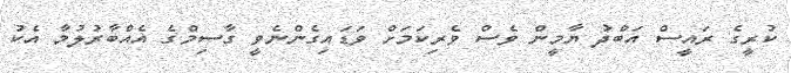
ކުރީގެ ރައީސް އަބްދު ޔާމީން ވެސް ވެރިކަމަށް ވަޑައިގެންނެވީ ގާސިމްގެ އެއްބާރުލުމާ އެކު